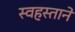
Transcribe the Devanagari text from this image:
स्वहस्ताने